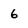
Character: 6